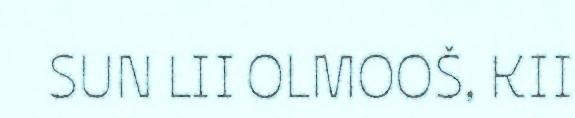
SUN LII OLMOOŠ, KII